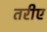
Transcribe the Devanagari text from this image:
तरीए